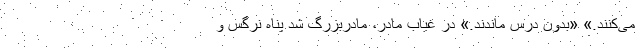
می‌کنند.» «بدون درس ماندند.» در غیاب مادر، مادربزرگ شد پناه نرگس و